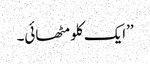
’’ایک کلو مٹھائی۔